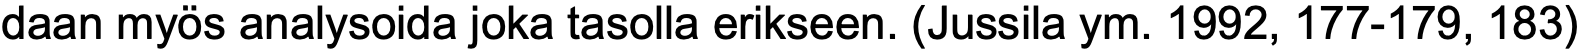
daan myös analysoida joka tasolla erikseen. (Jussila ym. 1992, 177-179, 183)